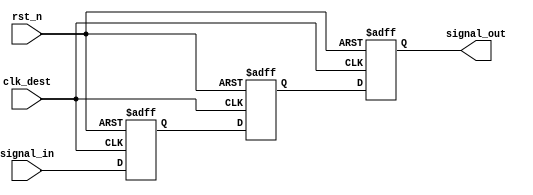
module signal_level_crossing_synchronizer #(
    parameter WIDTH = 1 // Width of the input signal
)(
    input wire clk_dest,            // Destination clock
    input wire rst_n,               // Asynchronous active-low reset
    input wire [WIDTH-1:0] signal_in, // Input signal from source clock domain
    output reg [WIDTH-1:0] signal_out // Synchronized output signal
);

    // Internal signals for the two-stage synchronizer
    reg [WIDTH-1:0] sync_ff1;
    reg [WIDTH-1:0] sync_ff2;

    // First stage of synchronization
    always @(posedge clk_dest or negedge rst_n) begin
        if (!rst_n) begin
            sync_ff1 <= {WIDTH{1'b0}}; // Initialize to known state
        end else begin
            sync_ff1 <= signal_in; // Sample input signal
        end
    end

    // Second stage of synchronization
    always @(posedge clk_dest or negedge rst_n) begin
        if (!rst_n) begin
            sync_ff2 <= {WIDTH{1'b0}}; // Initialize to known state
        end else begin
            sync_ff2 <= sync_ff1; // Pass the synchronized signal to the next stage
        end
    end

    // Output assignment
    always @(posedge clk_dest or negedge rst_n) begin
        if (!rst_n) begin
            signal_out <= {WIDTH{1'b0}}; // Initialize output to known state
        end else begin
            signal_out <= sync_ff2; // Output the final synchronized signal
        end
    end

endmodule